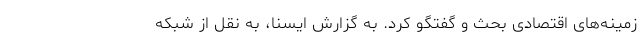
زمینه‌های اقتصادی بحث و گفتگو کرد. به گزارش ایسنا، به نقل از شبکه